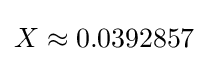
X\approx 0.0392857